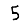
Digit: 5